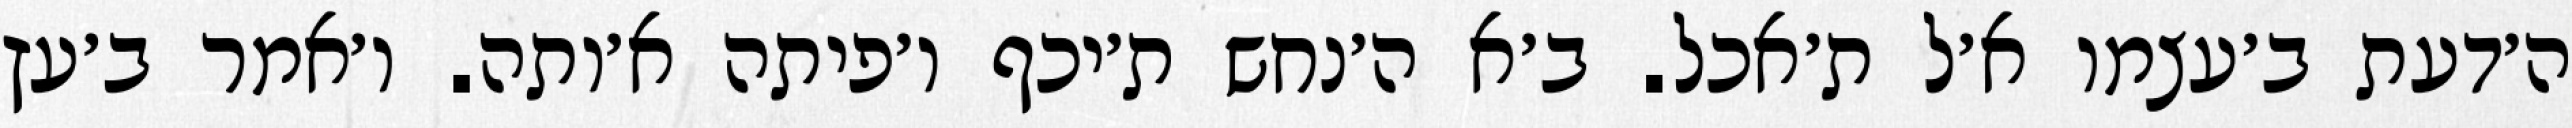
ה׳דעת ב׳עצמו א׳ל ת׳אכל. ב׳א ה׳נחש ת׳יכף ו׳פיתה א׳ותה. ו׳אמר ב׳עץ